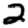
Digit: 2